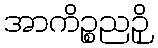
အာကိဉ္စညဉှိ